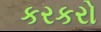
કરકરો